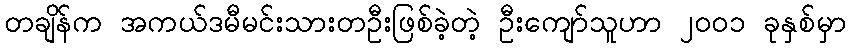
တချိန်က အကယ်ဒမီမင်းသားတဦးဖြစ်ခဲ့တဲ့ ဦးကျော်သူဟာ ၂၀၀၁ ခုနှစ်မှာ